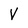
Character: V